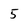
Character: 5